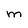
Character: M